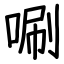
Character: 唰